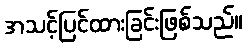
အသင့်ပြင်ထားခြင်းဖြစ်သည်။